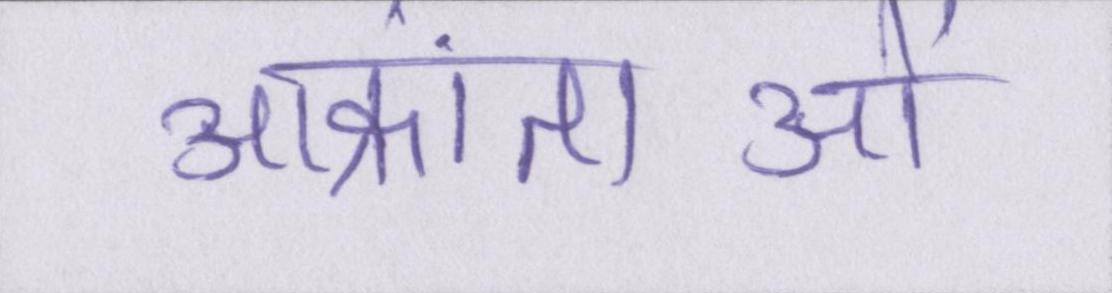
आक्रांताओं